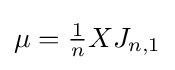
\mu ={\tfrac {1}{n}}XJ_{n,1}